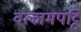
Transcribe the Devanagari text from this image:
वल्लमपट्टि